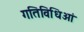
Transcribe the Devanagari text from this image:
गतिविधिओं